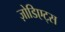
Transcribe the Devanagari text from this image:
ज़ोडिएट्स